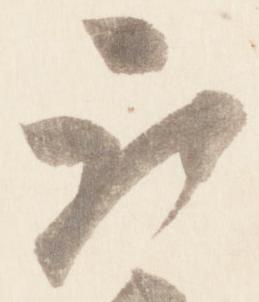
取